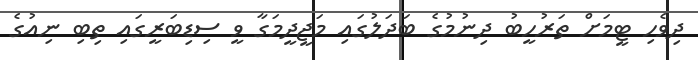
ދިވެހި ޓީމަށް ތަރުހީބު ދިނުމުގެ ބަދަލުގައި މަޖީދީމަގާ ވީ ސިޑިބަރީގައި ތިބި ނިއުގެ